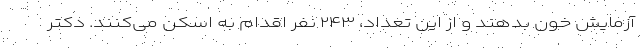
آزمایش خون بدهند و از این تعداد، ۲۴۳ نفر اقدام به اسکن می‌کنند. دکتر